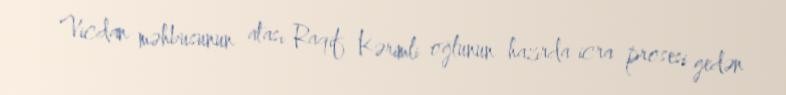
Vicdan məhbusunun atası Raqif Kərimli oğlunun hazırda icra prosesi gedən